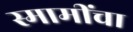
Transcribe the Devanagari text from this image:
स्मामींचा